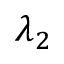
\lambda _ { 2 }